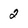
Character: 2